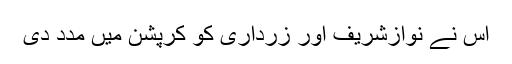
اس نے نوازشریف اور زرداری کو کرپشن میں مدد دی